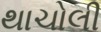
થાચોલી